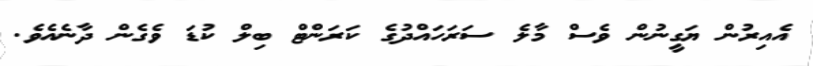
އެއިރުން ޔަގީނުން ވެސް މާލެ ސަރަހައްދުގެ ކަރަންޓް ބިލް ކުޑަ ވެގެން ދާނެއެވެ.